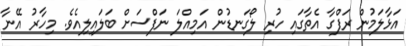
އަޅާލަމުން ރަފްގާ އެތާގައި ހުރި ލޯގަނޑުން އަމިއްލަ ނަފްސަށް ބަލައިލިއެވެ. މިހާރު އޭނާ